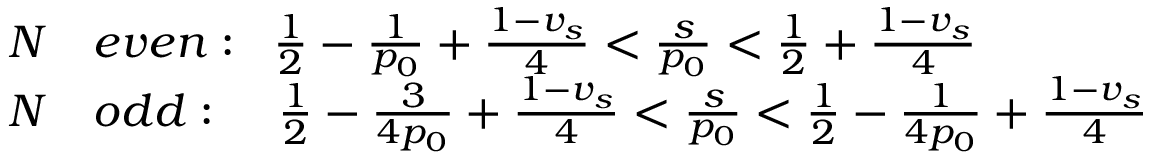
\begin{array} { r l } { { N } } & { { e v e n : \; \; \frac { 1 } { 2 } - \frac { 1 } { p _ { 0 } } + \frac { 1 - v _ { s } } { 4 } < \frac { s } { p _ { 0 } } < \frac { 1 } { 2 } + \frac { 1 - v _ { s } } { 4 } } } \\ { { N } } & { { o d d : \; \; \; \; \frac { 1 } { 2 } - \frac { 3 } { 4 p _ { 0 } } + \frac { 1 - v _ { s } } { 4 } < \frac { s } { p _ { 0 } } < \frac { 1 } { 2 } - \frac { 1 } { 4 p _ { 0 } } + \frac { 1 - v _ { s } } { 4 } } } \end{array}